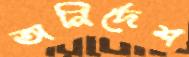
অনির্দেশ